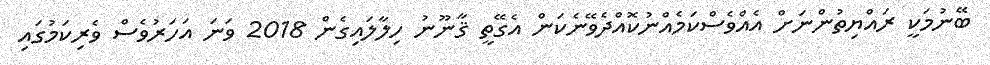
ބޭނުމަކީ ރައްޔިތުންނަށް އެއްވެސްކަމެއްނުކޮއްދެވޭނެކަން އެގޭތީ ޤާނޫނު ހިލާލައިގެން 2018 ވަނަ އަަހަރުވެސް ވެރިކަމުގައި